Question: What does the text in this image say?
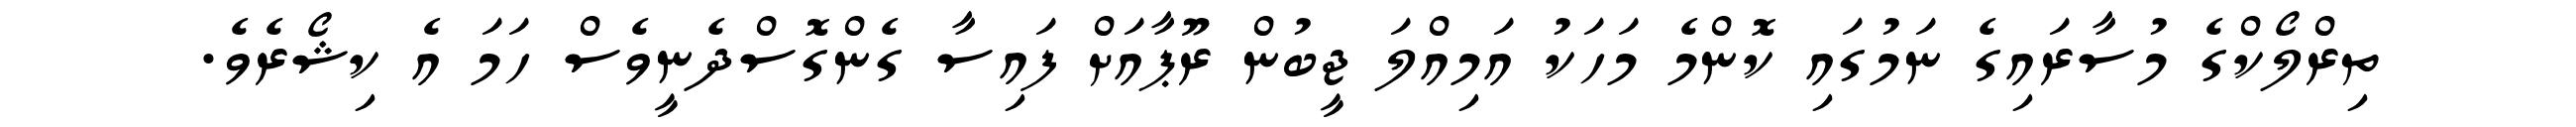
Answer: ތިރްލޯކްގެ މުސާރައިގެ ނަމުގައި ކޮންމެ މަހަކު އަމިއްލަ ޖީބުން ރޫޕާއަށް ފައިސާ ގެންގޮސްދެނީވެސް ހަމަ އެ ކިޝޯރެވެ.